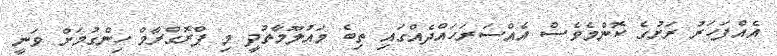
އެއްފަހަރު ރަށުގެ ކޮންމެވެސް އެއްސަރަހައްދެއްގައި ތިބެ މައުލޫމާތުދީ މި ޕްރޮގްރާމް ހިންގުމަށް ވަނީ